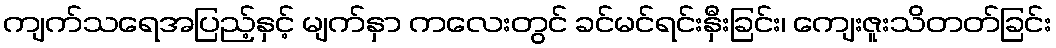
ကျက်သရေအပြည့်နှင့် မျက်နှာ ကလေးတွင် ခင်မင်ရင်းနှီးခြင်း၊ ကျေးဇူးသိတတ်ခြင်း